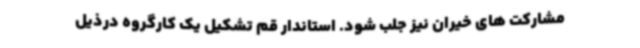
مشارکت های خیران نیز جلب شود. استاندار قم تشکیل یک کارگروه درذیل